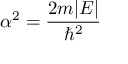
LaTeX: \alpha ^ { 2 } = { \frac { 2 m | E | } { \hbar ^ { 2 } } }